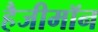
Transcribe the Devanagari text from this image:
हैजीमॉन